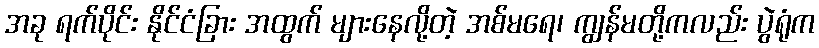
အခု ရက်ပိုင်း နိုင်ငံခြား အထွက် များနေလို့တဲ့ အစ်မရေ၊ ကျွန်မတို့ကလည်း ပွဲရုံက